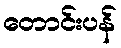
တောင်းပန်